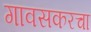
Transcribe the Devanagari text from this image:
गावसकरचा